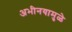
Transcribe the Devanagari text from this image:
अभीनयामुळे